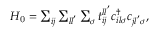
\begin{array} { r } { H _ { \mathrm { 0 } } = \sum _ { i j } \sum _ { l l ^ { ' } } \sum _ { \sigma } t _ { i j } ^ { l l ^ { ' } } c _ { i l \sigma } ^ { \dagger } c _ { j l ^ { ' } \sigma } , } \end{array}